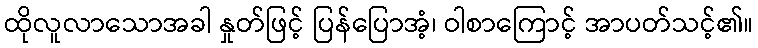
ထိုလူလာသောအခါ နှုတ်ဖြင့် ပြန်ပြောအံ့၊ ဝါစာကြောင့် အာပတ်သင့်၏။